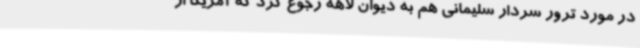
در مورد ترور سردار سلیمانی هم به دیوان لاهه رجوع کرد که آمریکا از